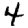
Digit: 4